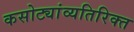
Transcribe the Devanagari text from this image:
कसोट्यांव्यतिरिक्त